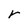
Character: r